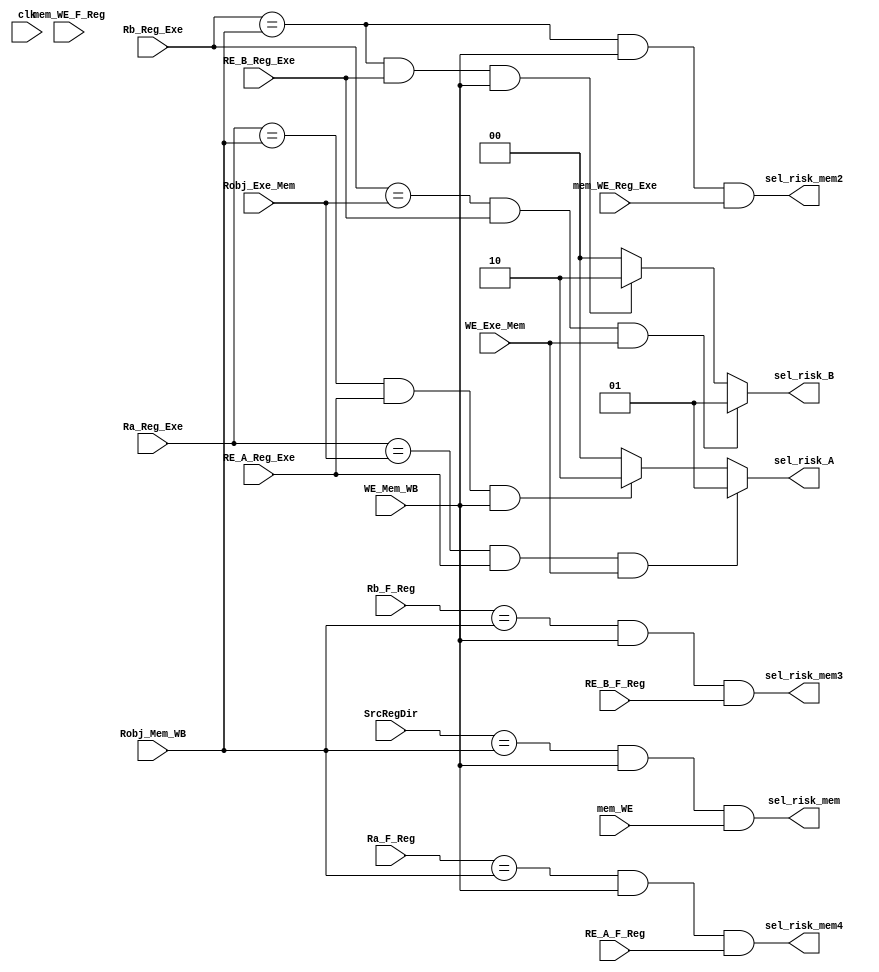
module adelantamiento (
	input [3:0] Ra_F_Reg,
	input RE_A_F_Reg,
	input [3:0] Rb_F_Reg,
	input RE_B_F_Reg,
	
	input mem_WE_F_Reg,
	
	input [3:0] Ra_Reg_Exe, 
	input RE_A_Reg_Exe,
	input [3:0] Rb_Reg_Exe, 
	input RE_B_Reg_Exe,
	input mem_WE_Reg_Exe,
	
	input [3:0] Robj_Exe_Mem, 
	input WE_Exe_Mem,
	input mem_WE,
	input [3:0] SrcRegDir,
	
	input [3:0] Robj_Mem_WB, 
	input  WE_Mem_WB, 
	
	input clk,
	
	output reg [1:0] sel_risk_A, 
	output reg [1:0] sel_risk_B,  
	output wire sel_risk_mem,
	output wire sel_risk_mem2,
	output wire sel_risk_mem3,
	output wire sel_risk_mem4
);


/*
Soluciona el riesgo
ADD R1, R2, R3
ST R1, R5, R6
*/
assign sel_risk_mem = ((SrcRegDir == Robj_Mem_WB) && WE_Mem_WB && mem_WE);

/*
Soluciona el riesgo
ADD R1, R2, R3
NOP
ST R1, R5, R6
*/
assign sel_risk_mem2 = ((Rb_Reg_Exe == Robj_Mem_WB) && WE_Mem_WB && mem_WE_Reg_Exe);

/*
Soluciona el riesgo
ADD R1, R2, R3
NOP
NOP
ST R1, R5, R6
*/
assign sel_risk_mem3 = ((Rb_F_Reg == Robj_Mem_WB) && WE_Mem_WB && RE_B_F_Reg);
assign sel_risk_mem4 = ((Ra_F_Reg == Robj_Mem_WB) && WE_Mem_WB && RE_A_F_Reg);

always @* begin
	//Riesgo de Datos en la ALU, dato A
	if((Ra_Reg_Exe == Robj_Exe_Mem) && RE_A_Reg_Exe && WE_Exe_Mem) begin//Dato desde instruccion en mem
		sel_risk_A = 2'b01;
	end
	else if((Ra_Reg_Exe == Robj_Mem_WB) && RE_A_Reg_Exe && WE_Mem_WB) begin//Dato desde instruccion en WB
		sel_risk_A = 2'b10;
	end
	else begin
		sel_risk_A = 2'b00;
	end
		
	//Riesgo de Datos en la ALU, dato A
	if((Rb_Reg_Exe == Robj_Exe_Mem) && RE_B_Reg_Exe && WE_Exe_Mem) begin//Dato desde instruccion en mem
		sel_risk_B = 2'b01;
	end
	else if((Rb_Reg_Exe == Robj_Mem_WB)  && RE_B_Reg_Exe && WE_Mem_WB) begin//Dato desde instruccion en WB
		sel_risk_B = 2'b10;
	end
	else begin
		sel_risk_B = 2'b00;
	end
end


endmodule